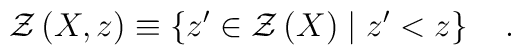
{\cal Z}\left( X,z\right) \equiv \left\{ z^{\prime }\in {\cal Z}\left( X\right) \mid z^{\prime }<z\right\} \quad .